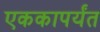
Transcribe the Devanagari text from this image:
एककापर्यंत